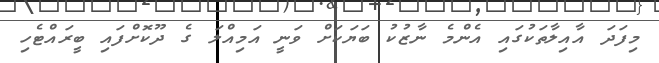
މިފަދަ އާއިލާތަކުގައި އެންމެ ނާޒުކު ބަޔަކަށް ވަނީ އަމިއްލަ ގެ ދޫކޮށްފައި ބީރައްޓެހި